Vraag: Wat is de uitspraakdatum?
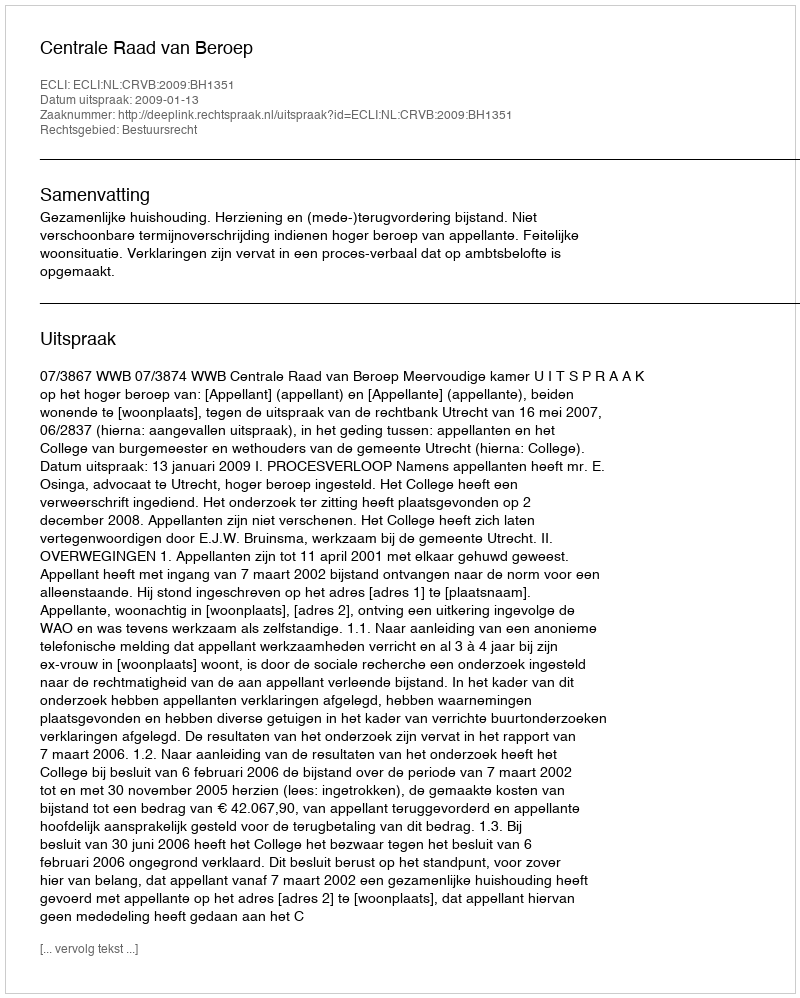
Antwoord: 2009-01-13